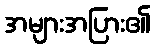
အများအပြား၏